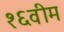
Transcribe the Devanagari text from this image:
१६वीम